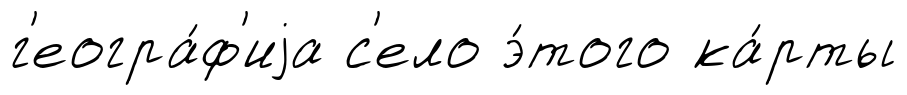
г'еогра́ф'иjа с'ело э́того ка́рты